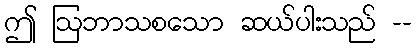
ဤ ဩဘာသစသော ဆယ်ပါးသည် --